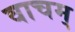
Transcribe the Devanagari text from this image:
वाचम्